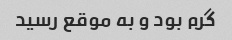
گرم بود و به موقع رسید